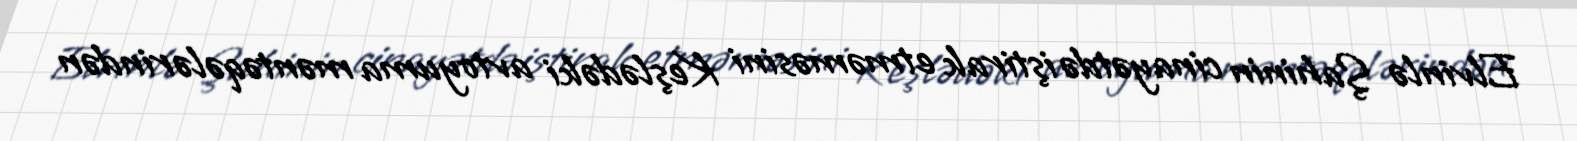
Elvinlə Şahinin cinayətdə iştirak etməməsini Keşlədəki avtoyuma məntəqələrindən